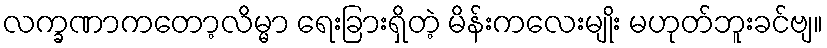
လက္ခဏာကတော့လိမ္မာ ရေးခြားရှိတဲ့ မိန်းကလေးမျိုး မဟုတ်ဘူးခင်ဗျ။